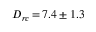
D _ { r c } \, { = } \, 7 . 4 \pm 1 . 3